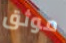
موثق